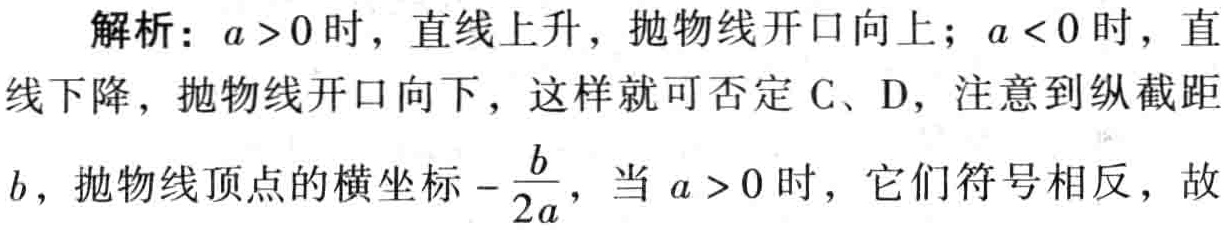
解析：\(a > 0\)时，直线上升，抛物线开口向上；\(a < 0\)时，直线下降，抛物线开口向下，这样就可否定C、D，注意到纵截距\(b\)，抛物线顶点的横坐标\(-\frac{b}{2a}\)，当\(a > 0\)时，它们符号相反，故